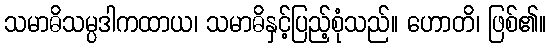
သမာဓိသမ္ပဒါကထာယ၊ သမာဓိနှင့်ပြည့်စုံသည်။ ဟောတိ၊ ဖြစ်၏။